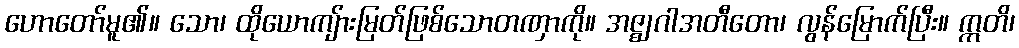
ဟောတော်မူ၏။ သော၊ ထိုယောကျ်ားမြတ်ဖြစ်သောတဏှာကို။ အဇ္ဈဂါအတီတော၊ လွန်မြောက်ပြီး။ ဣတိ၊